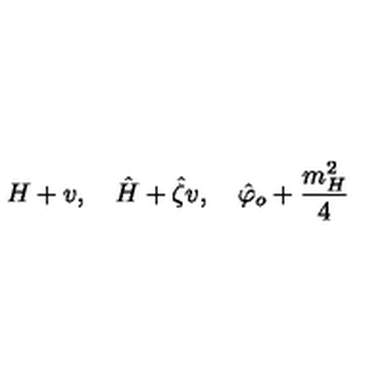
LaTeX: H + v , \quad \hat { H } + \hat { \zeta } v , \quad \hat { \varphi } _ { o } + { \frac { m _ { H } ^ { 2 } } { 4 } }